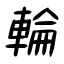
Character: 輪